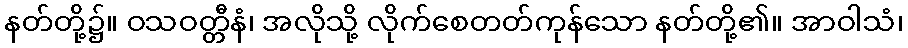
နတ်တို့၌။ ဝသဝတ္တီနံ၊ အလိုသို့ လိုက်စေတတ်ကုန်သော နတ်တို့၏။ အာဝါသံ၊